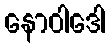
နောဝါဒေါ